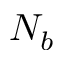
N _ { b }